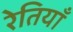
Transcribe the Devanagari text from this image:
रेतियाँ